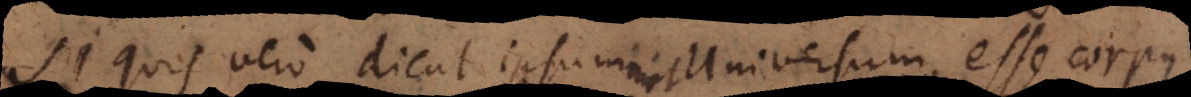
Si quis vero dicat ipsummet Universum esse corp